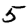
Digit: 5